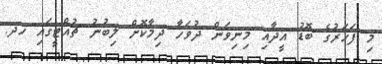
މި ފަހަރުގެ ބޮޑު އީދާއި މިނިވަން ދުވަހާ ދިމާކޮށް ލިބުނު ޗުއްޓީގައި ހދ.